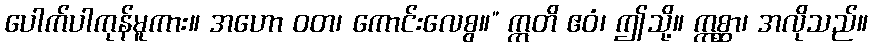
ပေါက်ပါကုန်မူကား။ အဟော ဝတ၊ ကောင်းလေစွ။” ဣတိ ဧဝံ၊ ဤသို့။ ဣစ္ဆာ၊ အလိုသည်။